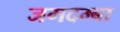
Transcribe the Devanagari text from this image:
जगदम्‍बा